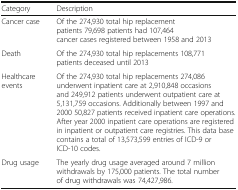
| Category | Description |
 | --- | --- |
 | Cancer case | Of the 274,930 total hip replacement patients 79,698 patients had 107,464 cancer cases registered between 1958 and 2013 |
 | Death | Of the 274,930 total hip replacements 108,771 patients deceased until 2013 |
 | Healthcare events | Of the 274,930 total hip replacements 274,086 underwent inpatient care at 2,910,848 occasions and 249,912 patients underwent outpatient care at 5,131,759 occasions. Additionally between 1997 and 2000 50,827 patients received inpatient care operations. After year 2000 inpatient care operations are registered in inpatient or outpatient care registries. This data base contains a total of 13,573,599 entries of ICD-9 or ICD-10 codes. |
 | Drug usage | The yearly drug usage averaged around 7 million withdrawals by 175,000 patients. The total number of drug withdrawals was 74,427,986. |